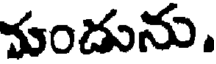
చుందును.